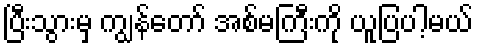
ပြီးသွားမှ ကျွန်တော် အစ်မကြီးကို ယူပြပါ့မယ်